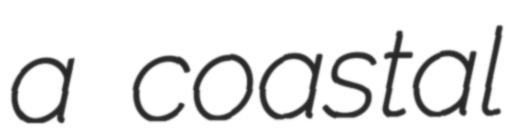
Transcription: a coastal